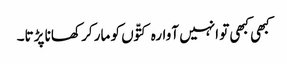
کبھی کبھی تو انہیں آوارہ کتّوں کو مار کر کھانا پڑتا۔